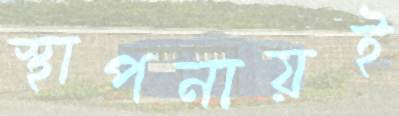
স্থাপনায়ই